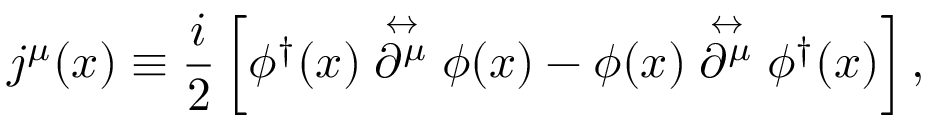
j ^ { \mu } ( x ) \equiv \frac { i } { 2 } \left[ \phi ^ { \dagger } ( x ) \stackrel { \leftrightarrow } { \partial ^ { \mu } } \phi ( x ) - \phi ( x ) \stackrel { \leftrightarrow } { \partial ^ { \mu } } \phi ^ { \dagger } ( x ) \right] ,